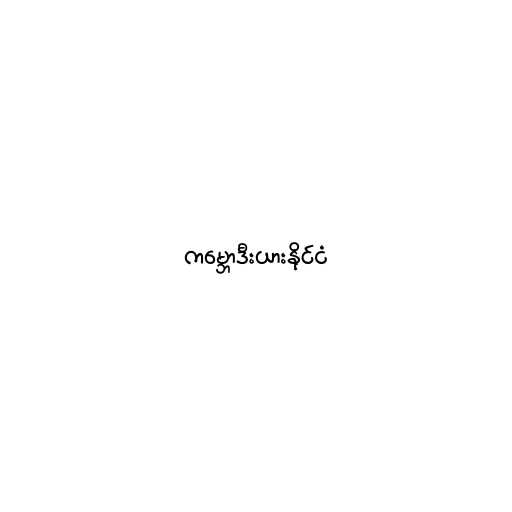
ကမ္ဘောဒီးယားနိုင်ငံ